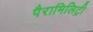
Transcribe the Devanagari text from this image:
पैरामिलिट्री